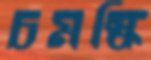
চমস্কি